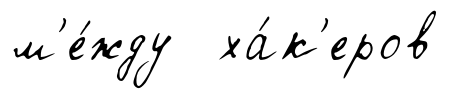
м'е́жду ха́к'еров